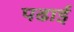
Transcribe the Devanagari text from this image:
पढार्इ